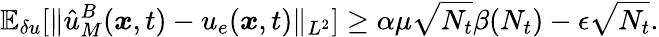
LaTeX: \mathbb{E}_{\delta u}[\| \hat{u}_{M}^{B}(\boldsymbol{x},t)-u_{e}(\boldsymbol{x},t)\| _{L^{2}}]\ge\alpha\mu\sqrt{N_{t}}\beta(N_{t})-\epsilon\sqrt{N_{t}}.